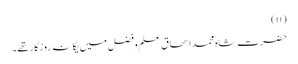
(۱۱)
حضرت شاہ محمد اسحاق علم وفضل میں یگانہ روزگار تھے۔